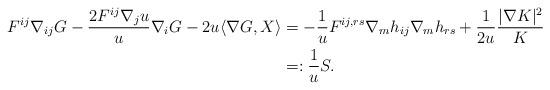
LaTeX: \begin{align*}F^{ij}\nabla_{ij}G - \frac{2F^{ij}\nabla_ju}{u}\nabla_iG - 2u\langle \nabla G,X \rangle &= -\frac1uF^{ij,rs}\nabla_mh_{ij}\nabla_mh_{rs}+\frac{1}{2u}\frac{|\nabla K|^2}{K} \\&=: \frac1uS.\end{align*}